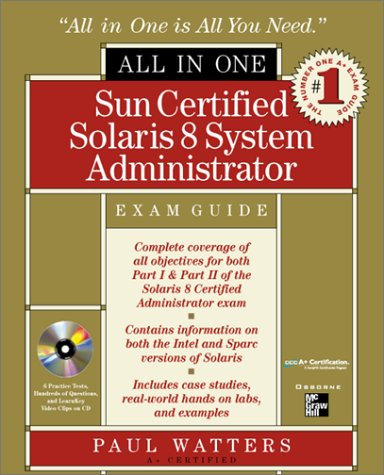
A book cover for Sun Certified Solaris 8 System Administrator All-In-One Exam Guide; Paul A. Watters; Computers & Technology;